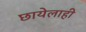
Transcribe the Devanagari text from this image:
छायेलाही